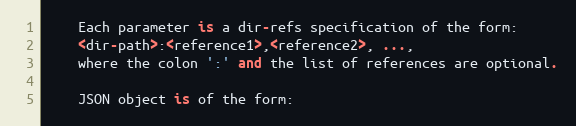
Language: Python
    Each parameter is a dir-refs specification of the form:
    <dir-path>:<reference1>,<reference2>, ...,
    where the colon ':' and the list of references are optional.

    JSON object is of the form: